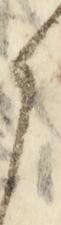
候